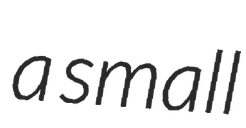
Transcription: a small